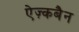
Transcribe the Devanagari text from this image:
ऐज़्कबैन